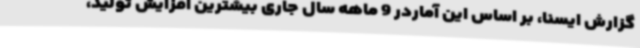
گزارش ایسنا، بر اساس این آماردر 9 ماهه سال جاری بیشترین افزایش تولید،